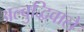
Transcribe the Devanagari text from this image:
अल्बुद्धिवाले